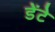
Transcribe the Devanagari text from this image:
डेंटे